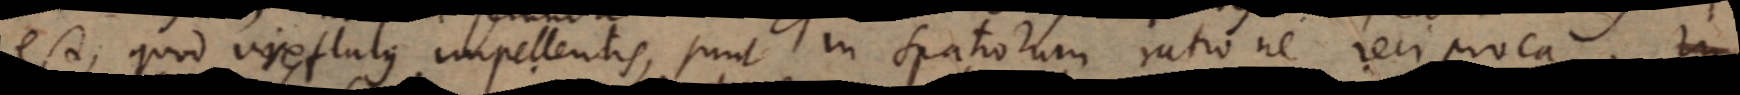
est, quod vires flatus impellentis, sunt in spatiorum ratione reciproca. In